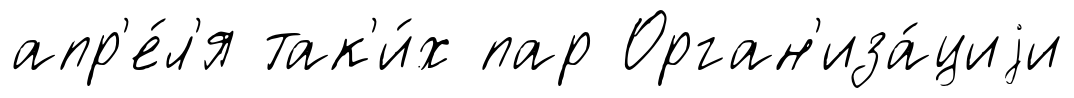
апр'е́л'я так'и́х пар Орган'иза́циjи